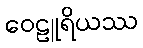
ဝေဠူရိယဿ